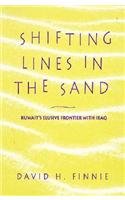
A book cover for Shifting Lines in the Sand: Kuwait's Elusive Frontier with Iraq; David Finnie; History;